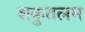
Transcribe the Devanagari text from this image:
शकुतलम